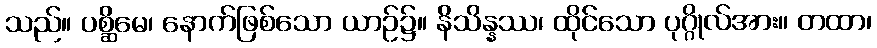
သည်။ ပစ္ဆိမေ၊ နောက်ဖြစ်သော ယာဉ်၌။ နိသိန္နဿ၊ ထိုင်သော ပုဂ္ဂိုလ်အား။ တထာ၊